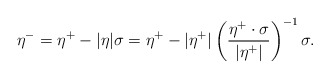
\begin{align*}\eta^- = \eta^+- |\eta|\sigma = \eta^+ - |\eta^+| \left(\frac{\eta^+\cdot\sigma}{|\eta^+|}\right)^{-1}\sigma .\end{align*}